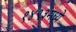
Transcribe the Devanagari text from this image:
१४९३मध्ये